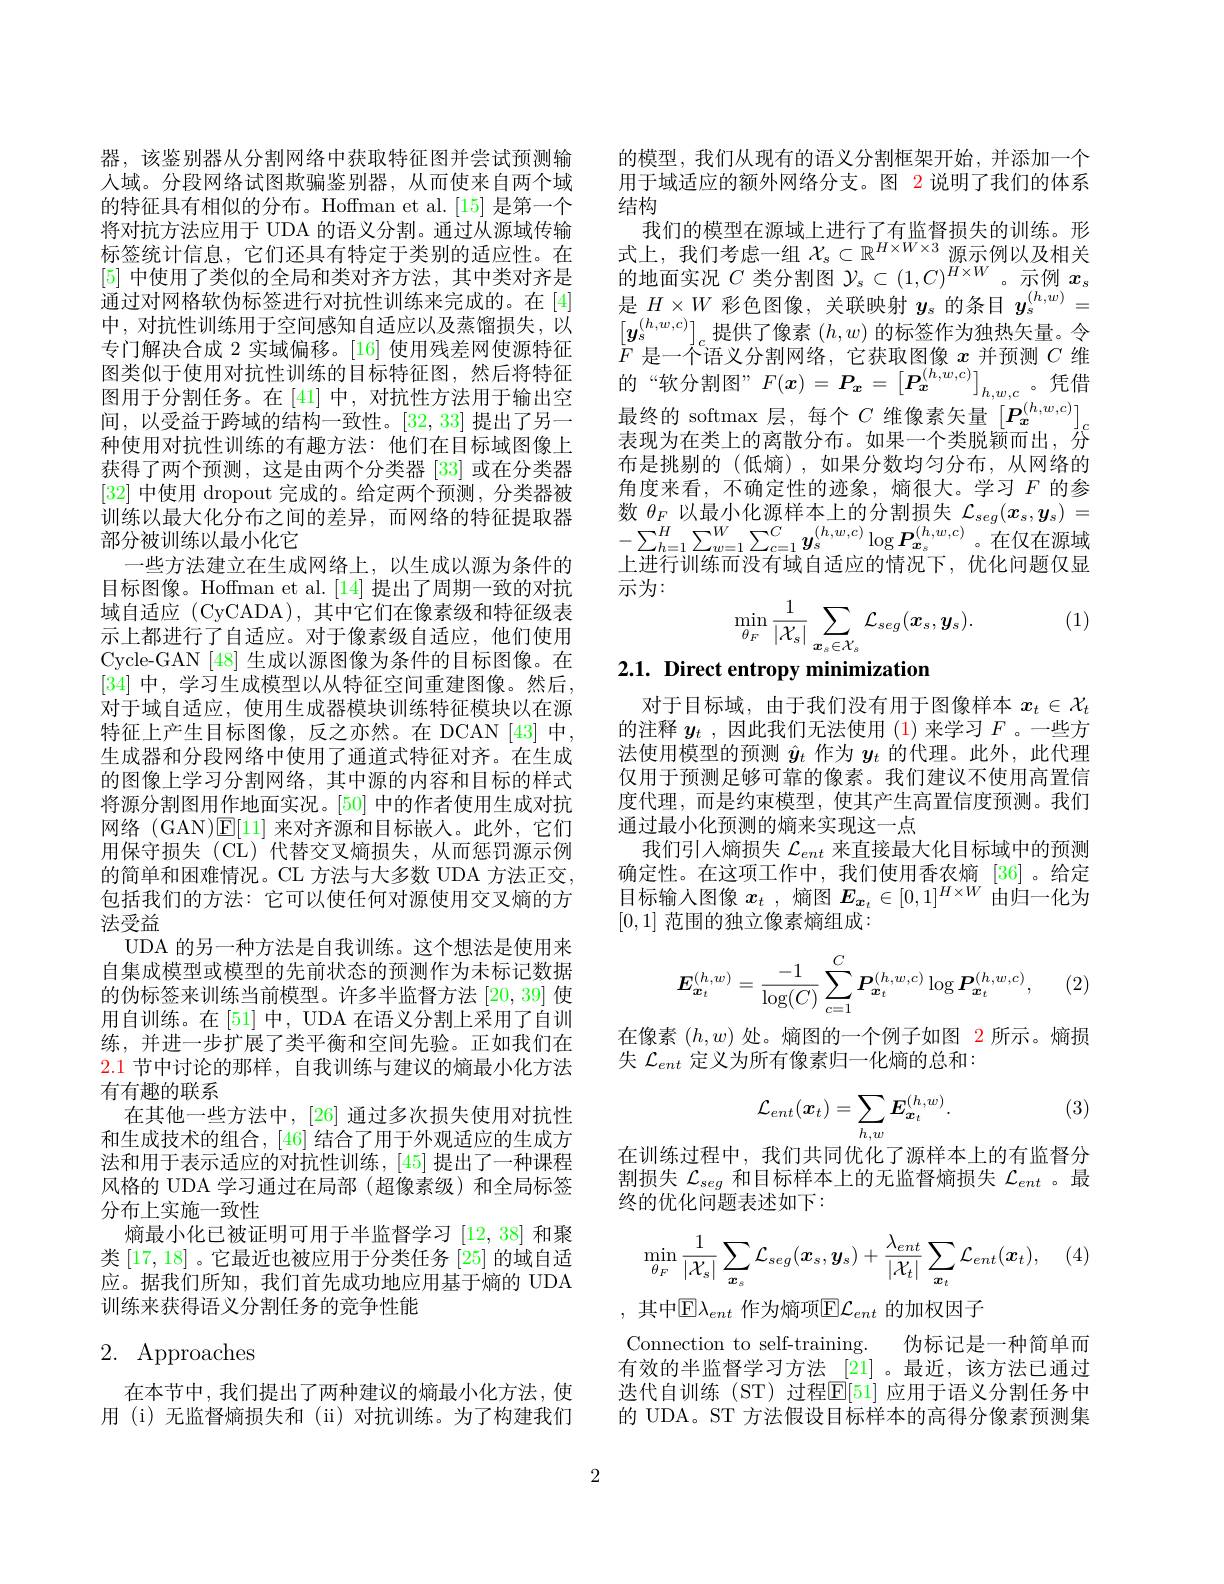
器，该鉴别器从分割网络中获取特征图并尝试预测输人域。分段网络试图欺骗鉴别器，从而使来自两个域的特征具有相似的分布。Hoffman et al.[15] 是第一个将对抗方法应用于 UDA 的语义分割。通过从源域传输标签统计信息，它们还具有特定于类别的适应性。在[5]中使用了类似的全局和类对齐方法，其中类对齐是通过对网格软伪标签进行对抗性训练来完成的。在[4] 中，对抗性训练用于空间感知自适应以及蒸馏损失，以专门解决合成 2 实域偏移。[16] 使用残差网使源特征图类似于使用对抗性训练的目标特征图，然后将特征图用于分割任务。在[41] 中，对抗性方法用于输出空间，以受益于跨域的结构一致性。[32,33]提出了另一种使用对抗性训练的有趣方法：他们在目标域图像上获得了两个预测，这是由两个分类器[33]或在分类器[32]中使用 dropout 完成的。给定两个预测，分类器被训练以最大化分布之间的差异，而网络的特征提取器部分被训练以最小化它
一些方法建立在生成网络上，以生成以源为条件的目标图像。Hoffman et al. [14]提出了周期一致的对抗域自适应 (CyCADA),其中它们在像素级和特征级表示上都进行了自适应。对于像素级自适应，他们使用Cycle-GAN [48] 生成以源图像为条件的目标图像。在[34] 中，学习生成模型以从特征空间重建图像。然后， 对于域自适应，使用生成器模块训练特征模块以在源特征上产生目标图像，反之亦然。在 DCAN [43] 中， 生成器和分段网络中使用了通道式特征对齐。在生成的图像上学习分割网络，其中源的内容和目标的样式将源分割图用作地面实况。[50]中的作者使用生成对抗网络 (GAN)E[11]来对齐源和目标嵌人。此外，它们用保守损失(CL)代替交叉熵损失，从而惩罚源示例的简单和困难情况。CL 方法与大多数 UDA 方法正交， 包括我们的方法：它可以使任何对源使用交叉熵的方法受益
UDA 的另一种方法是自我训练。这个想法是使用来自集成模型或模型的先前状态的预测作为未标记数据的伪标签来训练当前模型。许多半监督方法[20,39]使用自训练。在[51]中，UDA 在语义分割上采用了自训练，并进一步扩展了类平衡和空间先验。正如我们在2.1节中讨论的那样，自我训练与建议的熵最小化方法有有趣的联系
在其他一些方法中，[26]通过多次损失使用对抗性和生成技术的组合，[46]结合了用于外观适应的生成方法和用于表示适应的对抗性训练，[45]提出了一种课程风格的 UDA 学习通过在局部 (超像素级)和全局标签分布上实施一致性
熵最小化已被证明可用于半监督学习[12,38]和聚类$\left[17,18\right]$。它最近也被应用于分类任务 $\left[25\right]$的域自适应。据我们所知，我们首先成功地应用基于熵的 UDA 训练来获得语义分割任务的竞争性能

# 2. Approaches

在本节中，我们提出了两种建议的熵最小化方法，使用 (i) 无监督熵损失和 (ii)对抗训练。为了构建我们

的模型，我们从现有的语义分割框架开始，并添加一个用于域适应的额外网络分支。图 2 说明了我们的体系结构
我们的模型在源域上进行了有监督损失的训练。形式上，我们考虑一组$\mathcal{X}_s\subset\mathbb{R}^H\times W\times3$源示例以及相关的地面实况$C$类分割图$\mathcal{Y}_s\subset(1,C)^H\times W$。示例$x_s$ 是$H\times W$彩色图像，关联映射$y_s$的条目$y_s^{(h,w)}=$ $\begin{bmatrix}\boldsymbol{y}_{\mathrm{s}}^{(h,w,c)}\end{bmatrix}_{c}$提供了像素 $(h,w)$ 的标签作为独热矢量。令$\bar{F}$是一个语义分割网络，它获取图像$x$并预测$C$维的“软分割图”$F(\boldsymbol x)=\boldsymbol{P}_x=\begin{bmatrix}\boldsymbol{P}_x^{(h,w,c)}\end{bmatrix}_{h,w,c}$。凭借最终的 softmax 层，每个$C$维像素矢量$\left[\boldsymbol P_{\boldsymbol{x}}^{(h,w,c)}\right]_{c}$ 表现为在类上的离散分布。如果一个类脱颖而出，芬布是挑剔的(低熵),如果分数均匀分布，从网络的角度来看，不确定性的迹象，熵很大。学习$F$的参数$\theta_F$以最小化源样本上的分割损失$\mathcal{L}_seg(x_s,y_s)=$ $-\sum_{h=1}^{H}\sum_{w=1}^{W}\sum_{c=1}^{C}y_{s}^{(h,w,c)}\log\boldsymbol{P}_{\boldsymbol{x}_{s}}^{(h,w,c)}$。在仅在源域上进行训练而没有域自适应的情况下，优化问题仅显示为：
$$\min_{\theta_{F}}\frac{1}{|\mathcal{X}_{s}|}\sum_{\boldsymbol{x}_{s}\in\mathcal{X}_{s}}\mathcal{L}_{seg}(\boldsymbol{x}_{s},\boldsymbol{y}_{s}).$$
(1)

# 2.1. Direct entropy minimization

对于目标域，由于我们没有用于图像样本$x_t\in\mathcal{X}_t$ 的注释$y_t$ ,因此我们无法使用 (1)来学习$F$ 。一些方法使用模型的预测$\hat{y}_t$作为$y_t$的代理。此外，此代理仅用于预测足够可靠的像素。我们建议不使用高置信度代理，而是约束模型，使其产生高置信度预测。我们通过最小化预测的熵来实现这一点
我们引人熵损失$\mathcal{L}_{ent}$来直接最大化目标域中的预测确定性。在这项工作中，我们使用香农熵[36]。给定目标输人图像$x_t$ ,熵图$E_{\boldsymbol{x}_t}\in[0,1]^{H\times W}$由归一化为[0,1] 范围的独立像素熵组成：
$$\boldsymbol{E}_{\boldsymbol{x}_t}^{(h,w)}=\frac{-1}{\log(C)}\sum_{c=1}^C\boldsymbol{P}_{\boldsymbol{x}_t}^{(h,w,c)}\log\boldsymbol{P}_{\boldsymbol{x}_t}^{(h,w,c)},$$
(2)

在像素$(h,w)$处。熵图的一个例子如图 2 所示。熵损
失$\mathcal{L}_{ent}$定义为所有像素归一化熵的总和：

(3)
$$\mathcal{L}_{ent}(\boldsymbol{x}_{t})=\sum_{h,w}\boldsymbol{E}_{\boldsymbol{x}_{t}}^{(h,w)}.$$
在训练过程中，我们共同优化了源样本上的有监督分割损失$\mathcal{L}_seg$和目标样本上的无监督熵损失$\mathcal{L}_ent$ 。最终的优化问题表述如下：
$$\min_{\theta_{F}}\frac{1}{|\mathcal{X}_{s}|}\sum_{\boldsymbol{x}_{s}}\mathcal{L}_{seg}(\boldsymbol{x}_{s},\boldsymbol{y}_{s})+\frac{\lambda_{ent}}{|\mathcal{X}_{t}|}\sum_{\boldsymbol{x}_{t}}\mathcal{L}_{ent}(\boldsymbol{x}_{t}),$$
, 其中$\mathbb{E}\lambda_ent$ 作为熵项$\mathbb{E}\mathcal{L}_ent$ 的加权因子
Connection to self-training. 伪标记是一种简单而有效的半监督学习方法 [21]。最近，该方法已通过迭代自训练(ST) 过程$\mathbb{E}[51]$ 应用于语义分割任务中的 UDA。ST 方法假设目标样本的高得分像素预测集

2